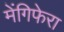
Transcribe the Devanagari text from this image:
मेंगिफेरा